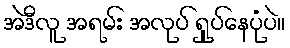
အဲဒီလူ အရမ်း အလုပ် ရှုပ်နေပုံပဲ။